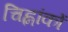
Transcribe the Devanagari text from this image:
चिह्नांकों